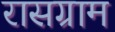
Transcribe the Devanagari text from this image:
रासग्राम